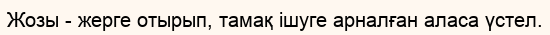
Жозы - жерге отырып, тамақ ішуге арналған аласа үстел.